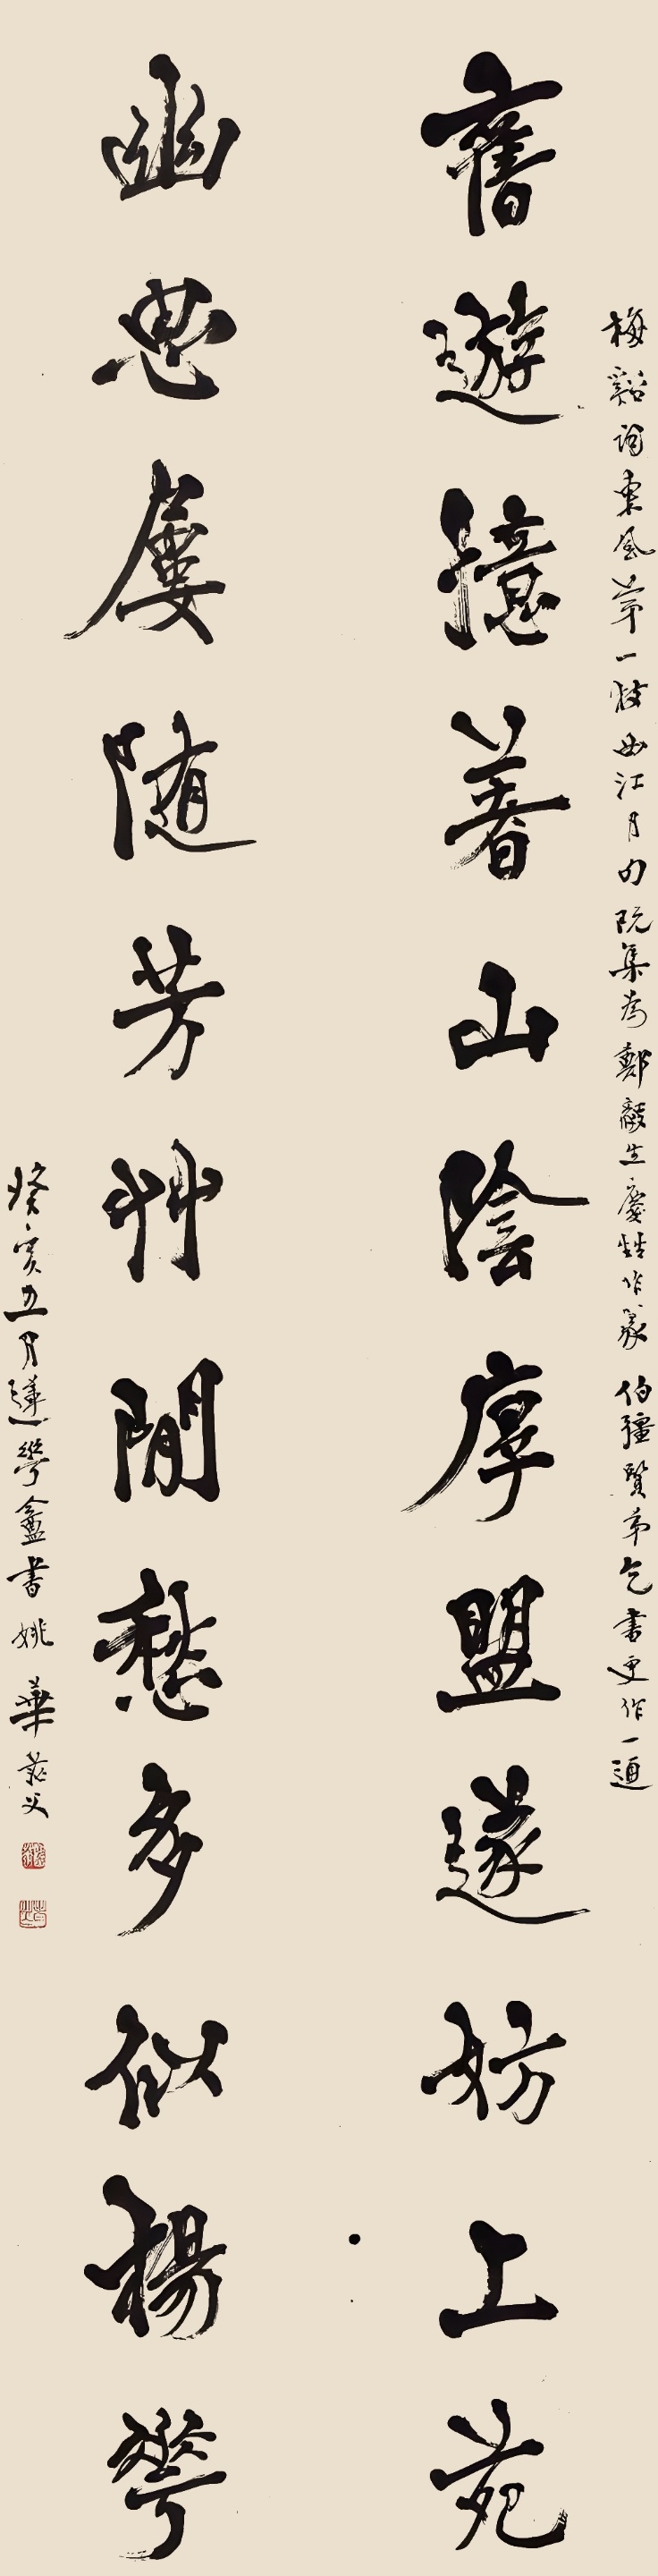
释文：旧游忆着山阴，厚盟遂妨上苑；幽思屡随芳草，闲愁多似杨花。梅溪词东风第一枝西江月句，阮集为郑毅生庆甡作篆，伯疆贤弟乞书更作一通。癸亥五月，莲华盦书，姚华茫父。